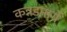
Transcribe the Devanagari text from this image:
कन्नडमार्गे